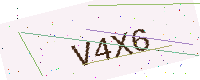
Text: V4X6